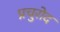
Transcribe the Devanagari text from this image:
प्रचुरोद